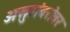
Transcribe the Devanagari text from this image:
असुरांबरोबर